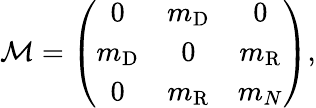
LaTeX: {\cal M}=\left(\begin{array}{ccc}{{0}}&{{m_{\mathrm{D}}}}&{{0}}\\ {{m_{\mathrm{D}}}}&{{0}}&{{m_{\mathrm{R}}}}\\ {{0}}&{{m_{\mathrm{R}}}}&{{m_{N}}}\end{array}\right),